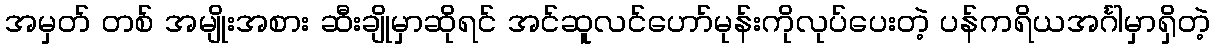
အမှတ် တစ် အမျိုးအစား ဆီးချိုမှာဆိုရင် အင်ဆူလင်ဟော်မုန်းကိုလုပ်ပေးတဲ့ ပန်ကရိယအင်္ဂါမှာရှိတဲ့